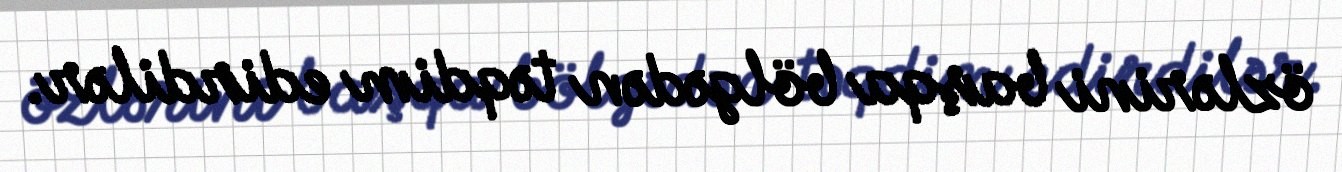
özlərini başqa bölgədən təqdim edirdilər.